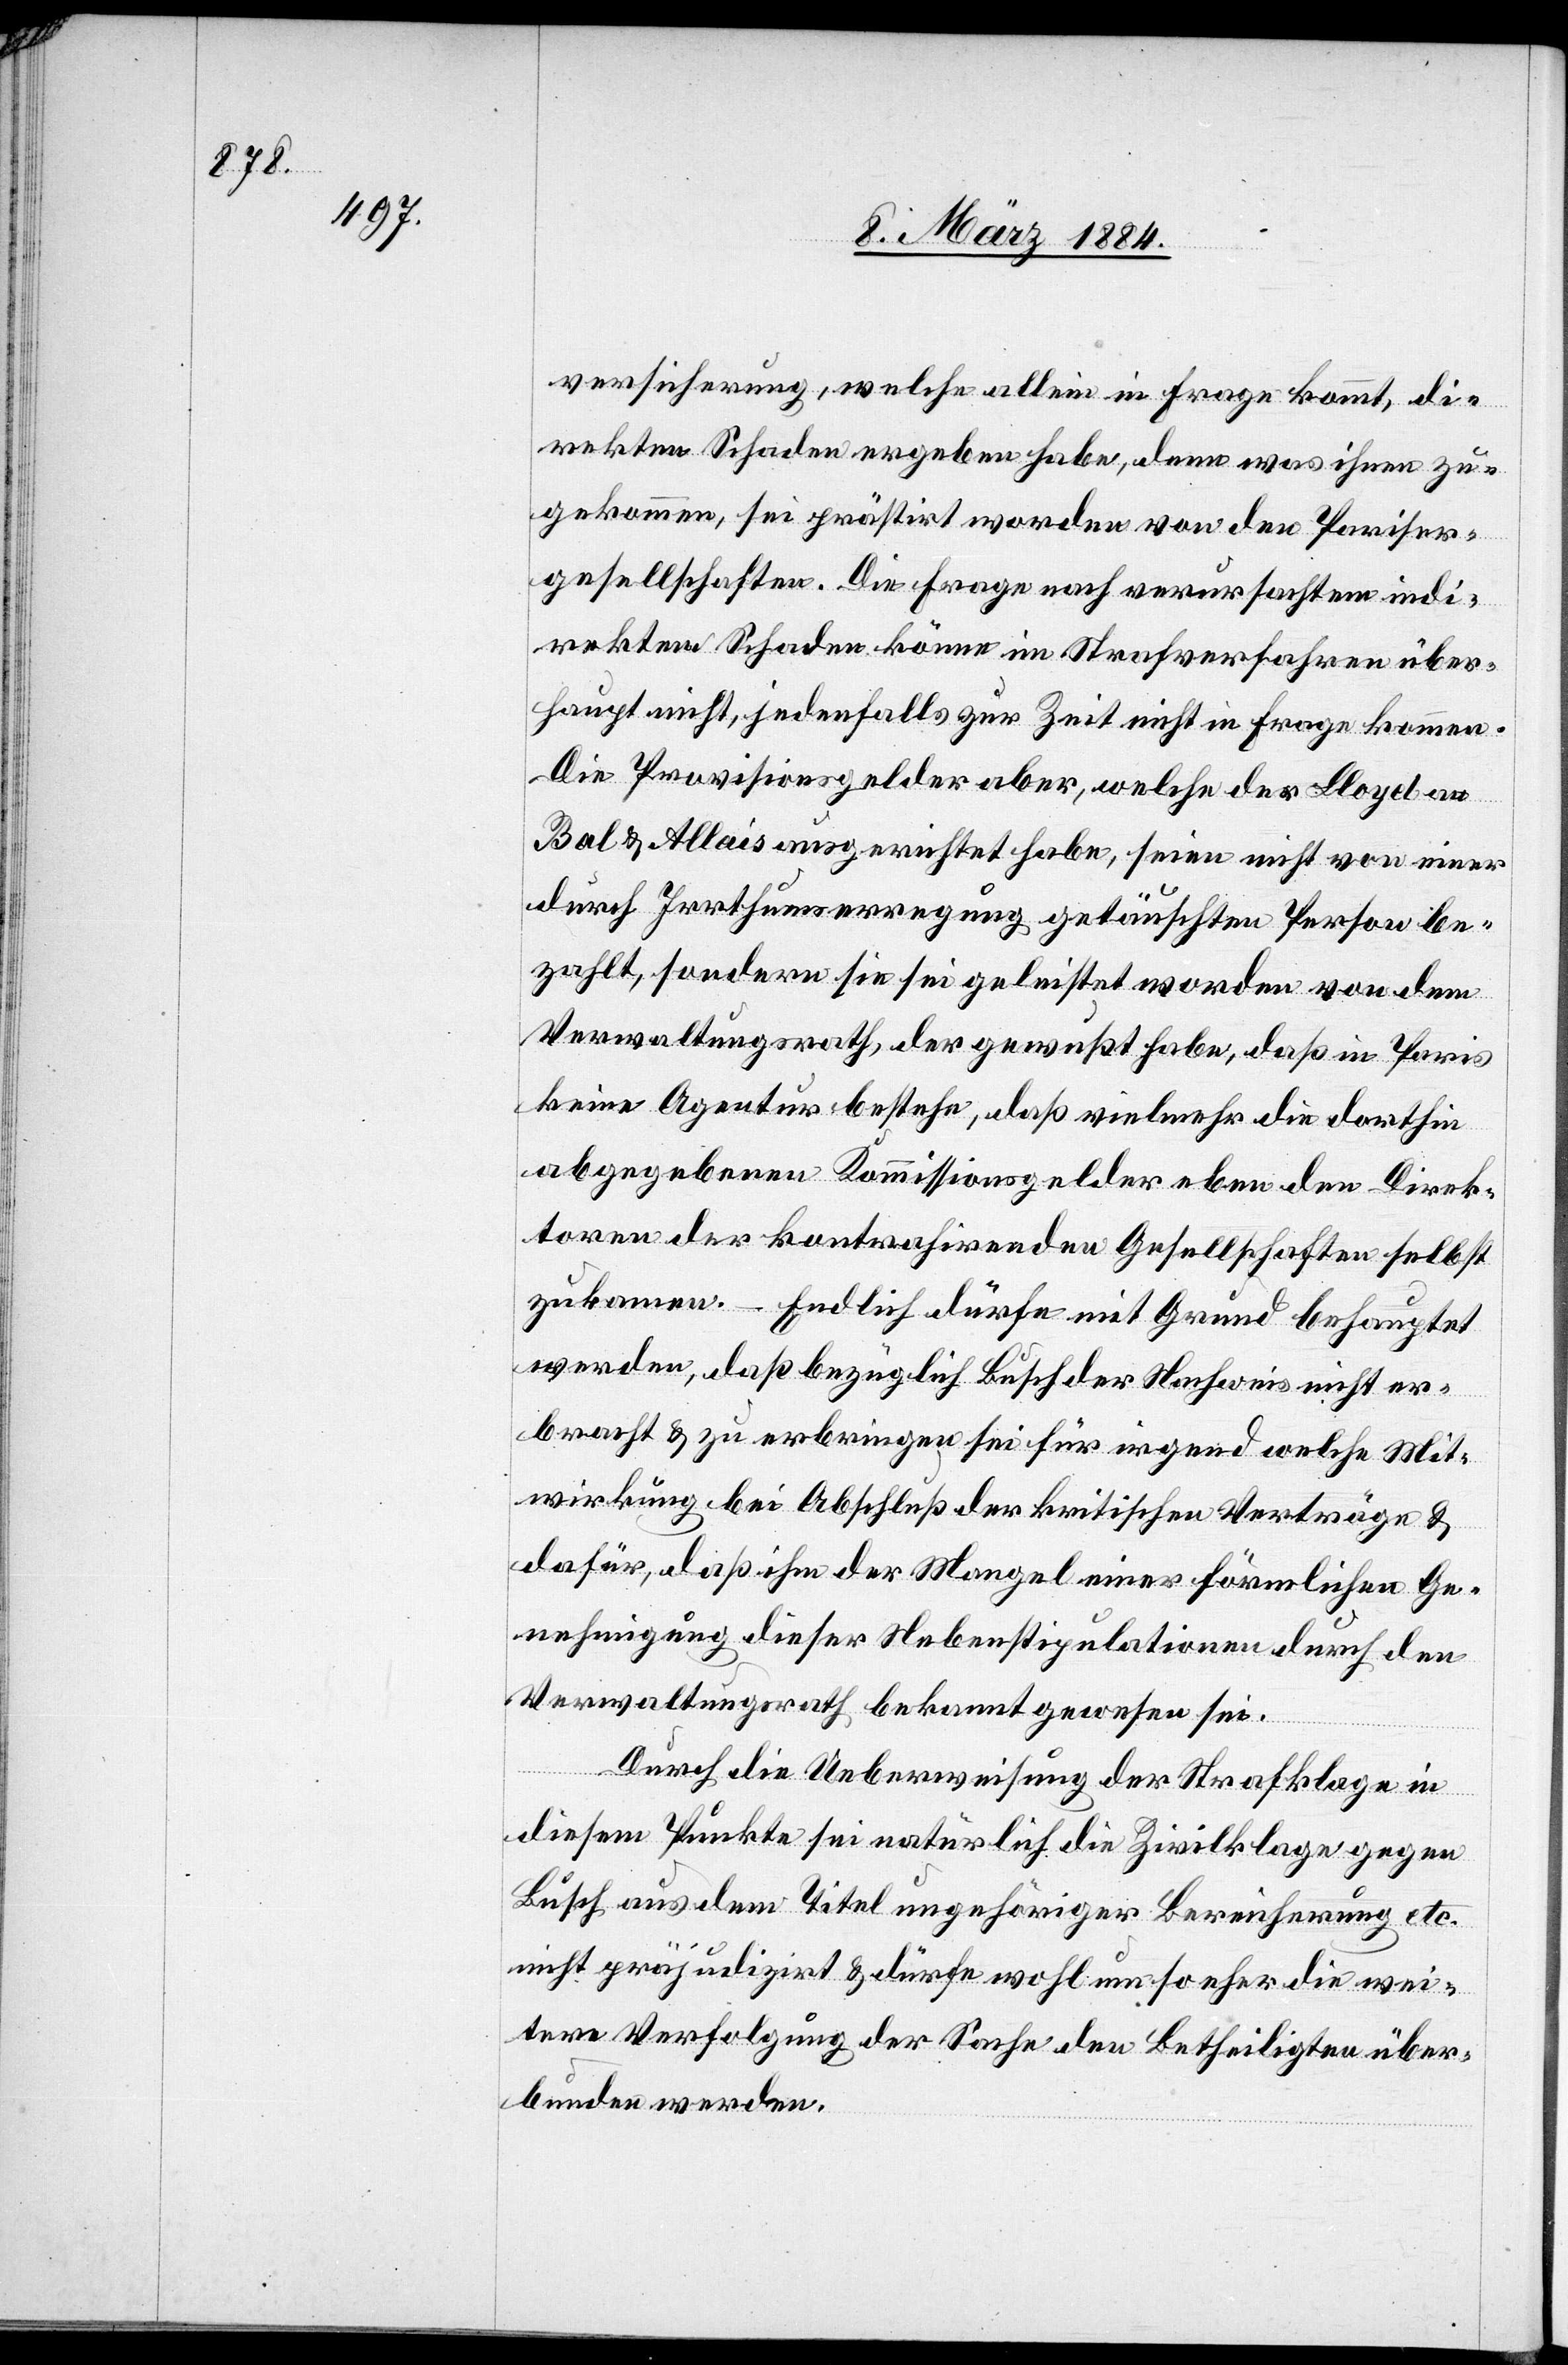
versicherung, welche allein in Frage kommt, di¬
rekten Schaden ergeben habe, denn was ihnen zu¬
gekommen, sei prästirt worden von den Pariser¬
gesellschaften. Die Frage nach verursachten indi¬
rekten Schaden könne im Strafverfahren über¬
haupt nicht, jedenfalls zur Zeit nicht in Frage kommen.
Die Provisionsgelder aber, welche der Lloyd an
Bal & Allais ausgerichtet habe, seien nicht von einer
durch Irrthumserregung getäuschten Person be¬
zahlt, sondern sie seien geleistet worden von dem
Verwaltungsrath, der gewußt habe, daß in Paris
keine Agentur bestehe, daß vielmehr die dorthin
abgegebenen Kommissiongelder neben den Direk¬
toren den kontrahirenden Gesellschaften selbst
zukommen. – Endlich dürfe mit Grund behauptet
werden, daß bezüglich Busch der Nachweis nicht er¬
bracht & zu erbringen sei für irgend welche Mit¬
wirkung bei Abschluß der kritischen Verträge &
dafür, daß ihm der Mangel einer förmlichen Ge¬
nehmigung dieser Nebenstipulation durch den
Verwaltungsrath bekannt gewesen sei.
Durch die Ueberweisung der Strafklage in
diesem Punkte sei natürlich die Zivilklage gegen
Busch aus dem Titel ungehöriger Bereicherung etc.
nicht präjudizirt & dürfe wohl um so eher die wei¬
tere Verfolgung der Sache den Betheiligten über¬
bunden werden.